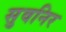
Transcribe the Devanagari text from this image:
सुवनिर